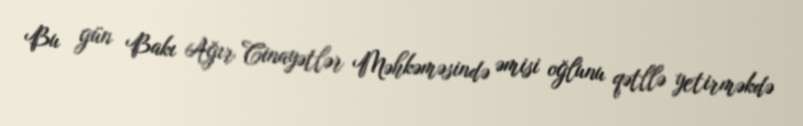
Bu gün Bakı Ağır Cinayətlər Məhkəməsində əmisi oğlunu qətllə yetirməkdə